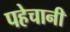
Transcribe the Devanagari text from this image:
पहेचानी